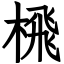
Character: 榌